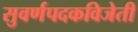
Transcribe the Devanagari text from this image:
सुवर्णपदकविजेती